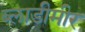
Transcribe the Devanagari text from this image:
ब्लाडीमीर